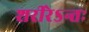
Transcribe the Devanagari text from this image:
शरीरेऽन्तः